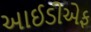
આઈડીએફ